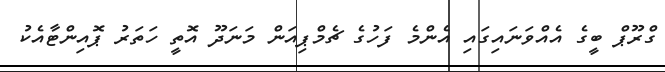
ގްރޫޕް ބީގެ އެއްވަނައިގައި އެންމެ ފަހުގެ ޗެމްޕިއަން މަނަދޫ އޮތީ ހަތަރު ޕޮއިންޓާއެކު